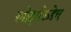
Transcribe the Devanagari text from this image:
स्पोर्ट्सकडेच